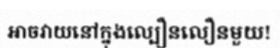
អាចវាយនៅក្នុងល្បឿនលឿនមួយ!